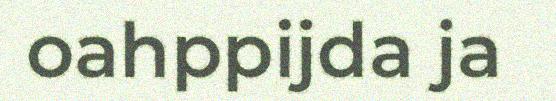
oahppijda ja